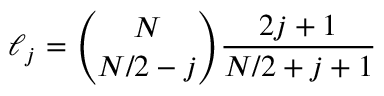
\ell _ { j } = \binom { N } { N / 2 - j } \frac { 2 j + 1 } { N / 2 + j + 1 }